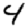
Digit: 4